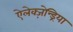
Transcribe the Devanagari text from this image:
ऐलेक्ज़ेन्ड्रिया